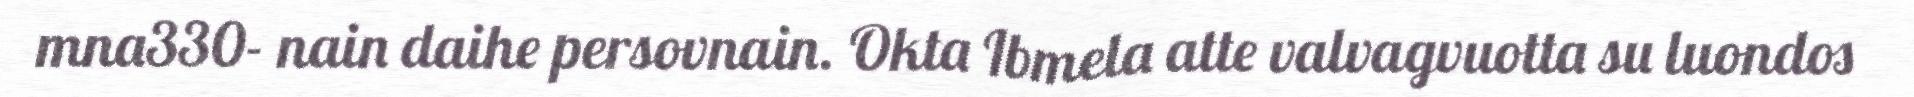
mna330- nain daihe persovnain. Okta Ibmela atte valvagvuotta su luondos